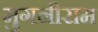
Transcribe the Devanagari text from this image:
मुगनीराम